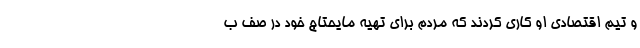
و تیم اقتصادی او کاری کردند که مردم برای تهیه مایحتاج خود در صف ب